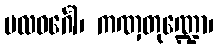
ပလဝင်္ဂေါ၊ ကဏှတုဏ္ဍော၊